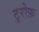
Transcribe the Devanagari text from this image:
टुरोफ़